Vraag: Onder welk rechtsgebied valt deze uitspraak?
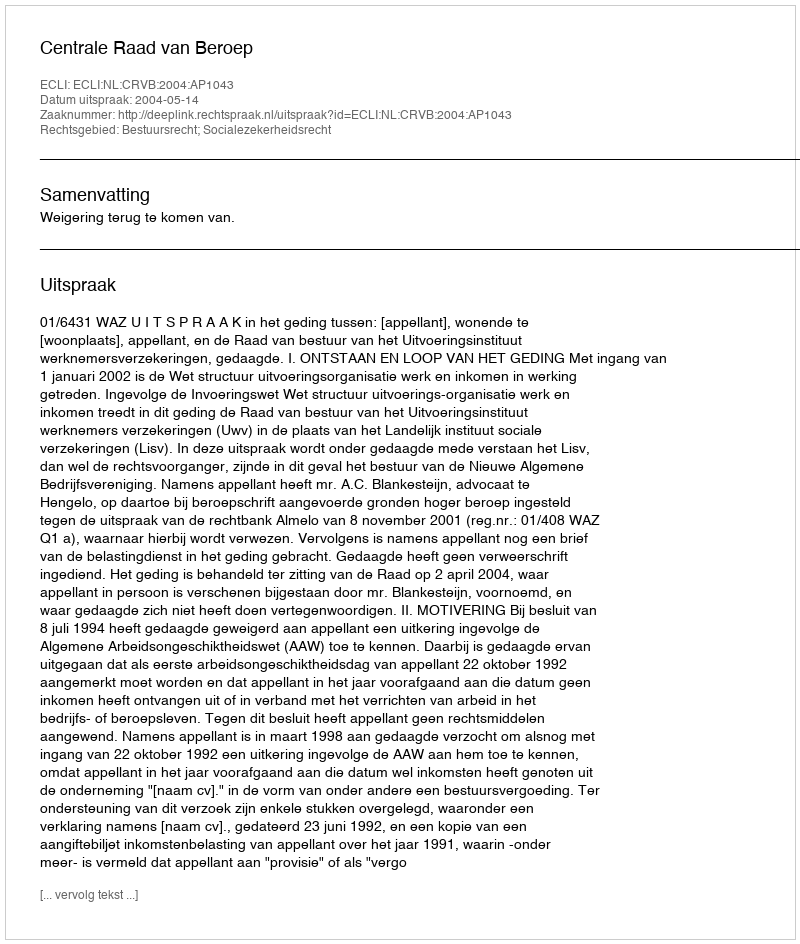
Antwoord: Bestuursrecht; Socialezekerheidsrecht